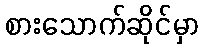
စားသောက်ဆိုင်မှာ